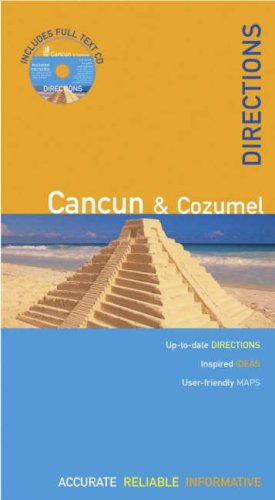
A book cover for The Rough Guides' Cancun & Cozumel Directions 1 (Rough Guide Directions); Zora O'Neill; Travel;